Mental hospitals Bombay report 1921-28 - 1921-1928
Year: 1921
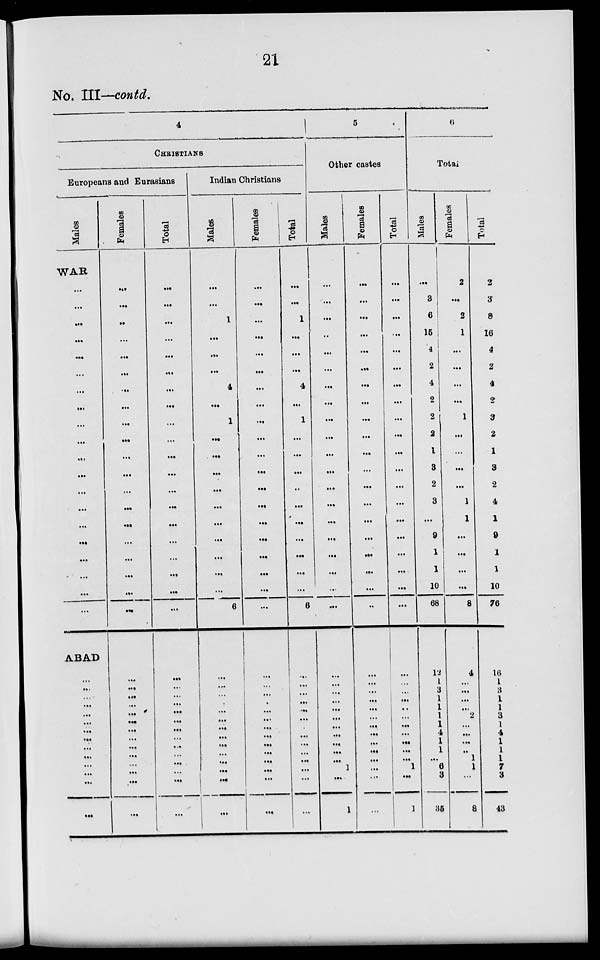
21
No. III—contd.
CHRISTIANS
Europeans and Eurasians
Males
WAR
...
...
...
...
...
...
...
...
...
...
...
...
...
...
...
...
...
...
...
...
ABAD
...
...
...
...
...
...
...
...
...
...
...
...
...
...
Females
...
...
...
...
...
...
...
...
...
...
...
...
...
...
...
...
...
...
...
...
...
...
...
...
...
...
...
...
...
...
...
...
...
...
Total
...
...
...
...
...
...
...
...
...
...
...
...
...
...
...
...
...
...
...
...
...
...
...
...
...
...
...
...
...
...
...
...
...
...
Indian Christians
Males
...
...
1
...
...
...
4
...
1
...
...
...
...
...
...
...
...
...
...
6
...
...
...
...
...
...
...
...
...
...
...
...
...
...
Females
...
...
...
...
...
...
...
...
...
...
...
...
...
...
...
...
...
...
...
...
...
...
...
...
...
...
...
...
...
...
...
...
...
...
Total
...
...
1
...
...
...
4
...
1
...
...
...
...
...
...
...
...
...
...
6
...
...
...
...
...
...
...
...
...
...
...
...
...
...
5
Other castes
Males
...
...
...
...
...
...
...
...
...
...
...
...
...
...
...
...
...
...
...
...
...
...
...
...
...
...
...
...
...
...
...
1
...
1
Females
...
...
...
...
...
...
...
...
...
...
...
...
...
...
...
...
...
...
...
...
...
...
...
...
...
...
...
...
...
...
...
...
...
...
Total
...
...
...
...
...
...
...
...
...
...
...
...
...
...
...
...
...
...
...
...
...
...
...
...
...
...
...
...
...
...
...
1
...
1
6
Total
Males
...
3
6
15
4
2
4
2
2
2
1
3
2
3
...
9
1
1
10
68
12
1
3
1
1
1
1
4
1
1
...
6
3
35
Females
2
...
2
1
...
...
...
...
1
...
...
...
...
1
1
...
...
...
...
8
4
...
...
...
...
2
...
...
...
...
1
1
...
8
Total
2
3
8
16
4
2
4
2
3
2
1
3
2
4
1
9
1
1
10
76
16
1
3
1
1
3
1
4
1
1
1
7
3
43